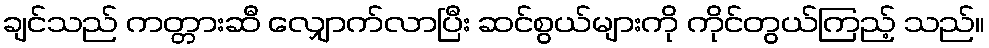
ချင်သည် ကတ္တားဆီ လျှောက်လာပြီး ဆင်စွယ်များကို ကိုင်တွယ်ကြည့် သည်။